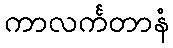
ကာလင်္ကတာနံ